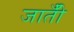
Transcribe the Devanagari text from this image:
जातीँ